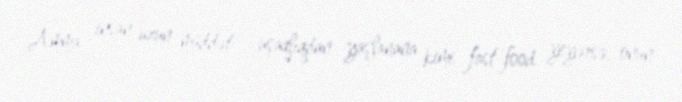
Amma insan uzun müddət - uşaqlıqdan yaşlanana kimi fast-food yeyərsə, onun